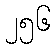
၂၅၆